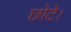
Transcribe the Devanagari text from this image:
छोटे।